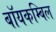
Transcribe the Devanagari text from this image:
बॉयकम्बिल